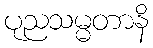
ပုညသမ္မတာနိ